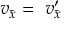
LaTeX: \ v _ { \bar { x } } = \ v _ { \bar { x } } ^ { \prime }